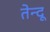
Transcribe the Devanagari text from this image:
तेन्दू